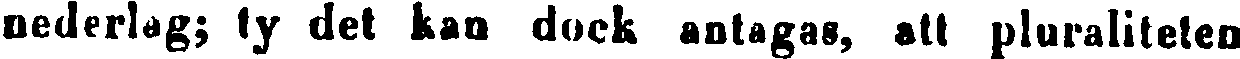
nederlag; ty det kan dock antagas, att pluraliteten